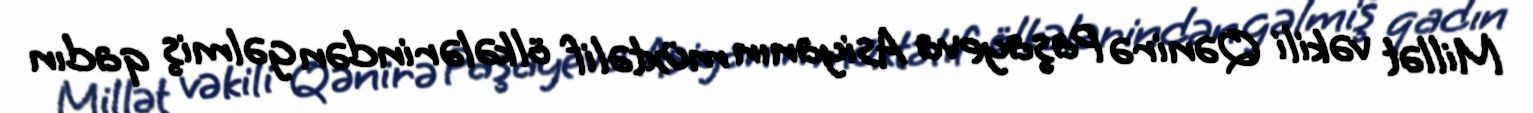
Millət vəkili Qənirə Paşayeva Asiyanın müxtəlif ölkələrindən gəlmiş qadın